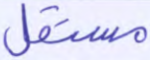
مستقل